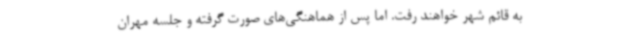
به قائم شهر خواهند رفت. اما پس از هماهنگی‌های صورت گرفته و جلسه‌ مهران